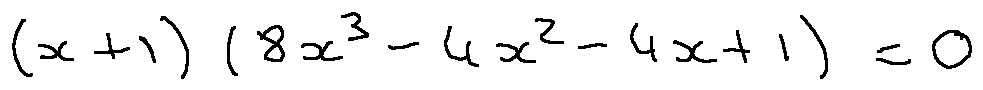
( x + 1 ) ( 8 x ^ { 3 } - 4 x ^ { 2 } - 4 x + 1 ) = 0